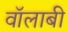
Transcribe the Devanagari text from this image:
वॉलाबी